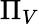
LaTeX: \Pi_{V}